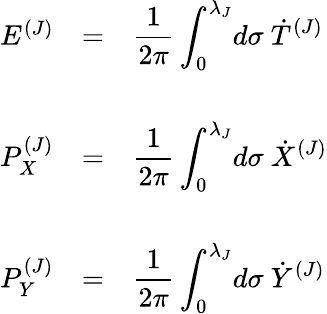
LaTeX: \begin{array}{lcl}{{E^{(J)}}}&{{=}}&{{{\displaystyle\frac{1}{2\pi}\int_{0}^{\lambda_{J}}\! d\sigma~{\dot{T}}^{(J)}}}}\\ {{}}&{{}}&{{}}\\ {{P_{X}^{(J)}}}&{{=}}&{{{\displaystyle\frac{1}{2\pi}\int_{0}^{\lambda_{J}}\! d\sigma{}~{\dot{X}}^{(J)}}}}\\ {{}}&{{}}&{{}}\\ {{P_{Y}^{(J)}}}&{{=}}&{{{\displaystyle\frac{1}{2\pi}\int_{0}^{\lambda_{J}}\! d\sigma{}~{\dot{Y}}^{(J)}}}}\end{array}